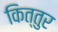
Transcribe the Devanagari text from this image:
कित्तुर